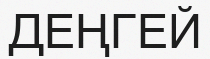
ДЕҢГЕЙ